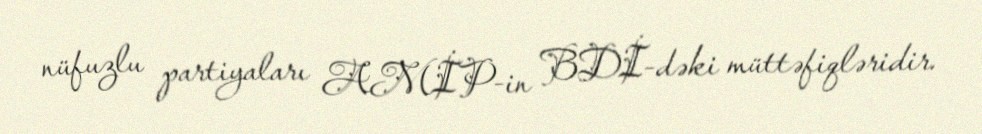
nüfuzlu partiyaları AMİP-in BDİ-dəki müttəfiqləridir.